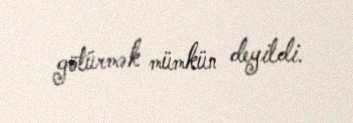
götürmək mümkün deyildi.